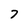
Character: 7